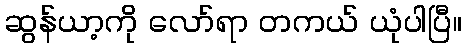
ဆွန်ယာ့ကို လော်ရာ တကယ် ယုံပါပြီ။